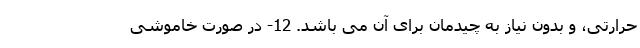
حرارتی، و بدون نیاز به چیدمان برای آن می باشد. 12- در صورت خاموشی